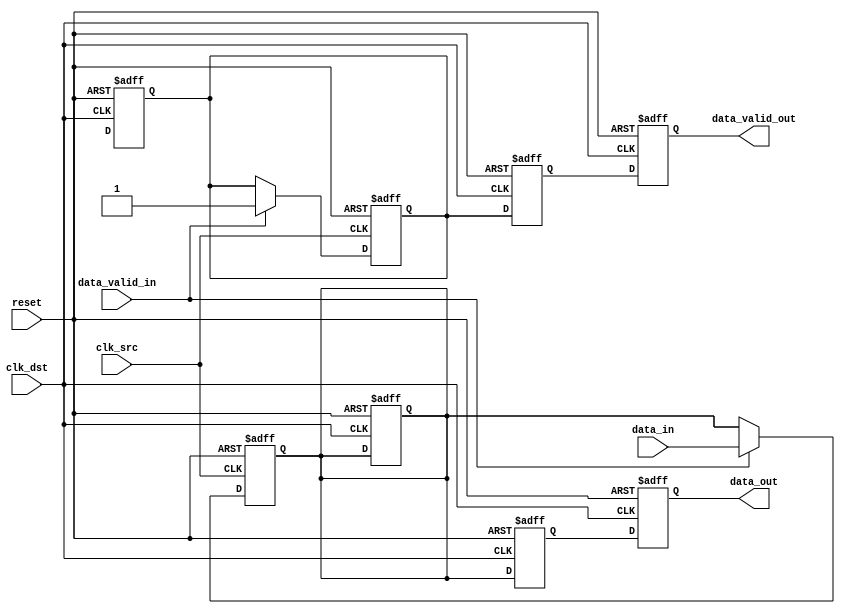
module memory_blocks_pipeline_synchronizer #(
    parameter DATA_WIDTH = 8,         // Width of the data bus
    parameter PIPELINE_STAGES = 2      // Number of pipeline stages
)(
    input wire clk_src,                // Source clock
    input wire clk_dst,                // Destination clock
    input wire reset,                  // Asynchronous reset
    input wire [DATA_WIDTH-1:0] data_in, // Data input from source clock domain
    input wire data_valid_in,          // Valid signal for input data
    output reg [DATA_WIDTH-1:0] data_out, // Synchronized data output to destination clock domain
    output reg data_valid_out          // Valid signal for output data
);

    // Intermediate registers for synchronization and pipelining
    reg [DATA_WIDTH-1:0] data_sync [0:PIPELINE_STAGES-1];
    reg data_valid_sync [0:PIPELINE_STAGES-1];

    // Capture data on the source clock domain
    always @(posedge clk_src or posedge reset) begin
        if (reset) begin
            data_sync[0] <= 0;
            data_valid_sync[0] <= 0;
        end else if (data_valid_in) begin
            data_sync[0] <= data_in;           // Capture input data
            data_valid_sync[0] <= 1'b1;        // Mark data as valid
        end
    end

    // Synchronization and pipeline stages on the destination clock
    genvar i;
    generate
        for (i = 0; i < PIPELINE_STAGES; i = i + 1) begin : sync_pipeline
            always @(posedge clk_dst or posedge reset) begin
                if (reset) begin
                    if (i == 0) begin
                        data_sync[i] <= 0;
                        data_valid_sync[i] <= 0;
                    end
                    else begin
                        data_sync[i] <= 0;
                        data_valid_sync[i] <= 0;
                    end
                end else begin
                    if (i == 0) begin
                        data_sync[i] <= data_sync[i]; // First stage: capture from source
                        data_valid_sync[i] <= data_valid_sync[i-1];
                    end else begin
                        data_sync[i] <= data_sync[i-1]; // Pass through the pipeline
                        data_valid_sync[i] <= data_valid_sync[i-1];
                    end
                end
            end
        end
    endgenerate

    // Output assignment
    always @(posedge clk_dst or posedge reset) begin
        if (reset) begin
            data_out <= 0;
            data_valid_out <= 0;
        end else begin
            data_out <= data_sync[PIPELINE_STAGES-1]; // Output from the last stage
            data_valid_out <= data_valid_sync[PIPELINE_STAGES-1]; // Valid signal from the last stage
        end
    end

endmodule